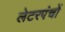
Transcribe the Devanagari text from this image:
लेटरपंचों